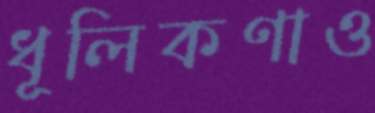
ধূলিকণাও